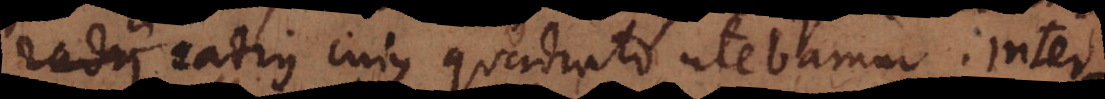
radii radius cujus quadrato utebamur. Inter